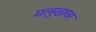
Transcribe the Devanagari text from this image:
मलुखावर